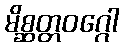
မိစ္ဆတ္တဝဂ္ဂေါ